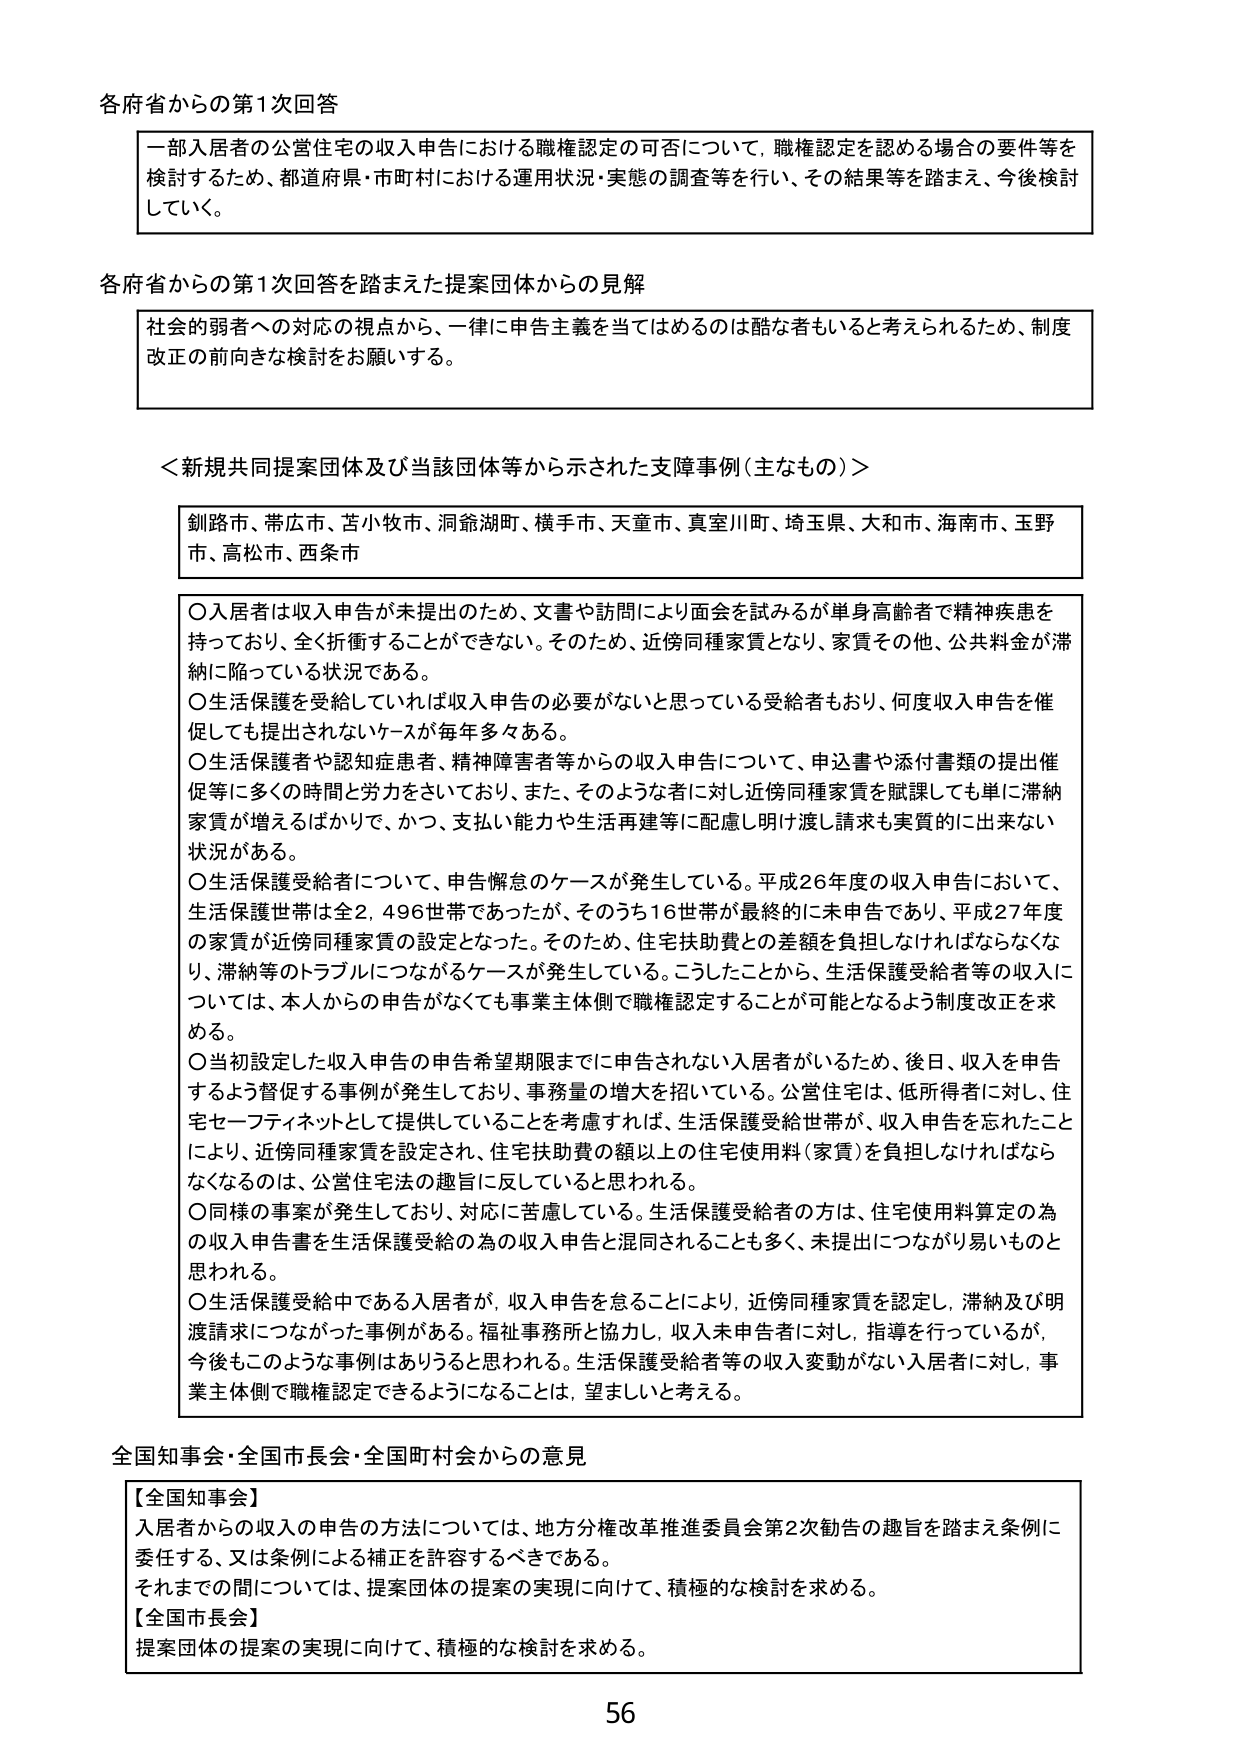
各府省からの第1次回答

一部入居者の公営住宅の収入申告における職権認定の可否について、職権認定を認める場合の要件等を検討するため、都道府県・市町村における運用状況・実態の調査等を行い、その結果等を踏まえ、今後検討していく。

各府省からの第1次回答を踏まえた提案団体からの見解

社会的弱者への対応の視点から、一律に申告主義を当てはめるのは酷な者もいると考えられるため、制度改正の前向きな検討をお願いする。

＜新規共同提案団体及び当該団体等から示された支援事例（主なもの）＞

釧路市、帯広市、苫小牧市、洞爺湖町、横手市、天童市、真室川町、埼玉県、大和市、海南市、玉野市、高松市、西条市

○入居者は収入申告が未提出のため、文書や訪問により面会を試みるが単身高齢者で精神疾患を持っており、全く折衝することができない。そのため、近傍同種家賃となり、家賃その他、公共料金が滞納に陥っている状況である。

○生活保護を受給していれば収入申告の必要がないと思っている受給者もおり、何度収入申告を催促しても提出されないケースが毎年多々ある。

○生活保護者や認知症患者、精神障害者等からの収入申告について、申込書や添付書類の提出催促等に多くの時間と労力をさいており、また、そのような者に対し近傍同種家賃を賦課しても単に滞納家賃が増えるばかりで、かつ、支払い能力や生活再建等に配慮し助け渡し請求も実質的に出来ない状況がある。

○生活保護受給者について、申告懈怠のケースが発生している。平成26年度の収入申告において、生活保護世帯は全2,496世帯であったが、そのうち16世帯が最終的に未申告であり、平成27年度の家賃が近傍同種家賃の設定となった。そのため、住宅扶助費との差額を負担しなければならなくなり、滞納等のトラブルにつながるケースが発生している。こうしたことから、生活保護受給者等の収入については、本人からの申告がなくても事業主体側で職権認定することが可能となるよう制度改正を求める。

○当初設定した収入申告の申告希望期限までに申告されない入居者がいるため、後日、収入を申告するよう督促する事例が発生しており、事務量の増大を招いている。公営住宅は、低所得者に対し、住宅セーフティネットとして提供していることを考慮すれば、生活保護受給世帯が、収入申告を忘れたことにより、近傍同種家賃が設定され、住宅扶助費の額以上の住宅使用料（家賃）を負担しなければならなくなるのは、公営住宅法の趣旨に反していると思われる。

○同様の事案が発生しており、対応に苦慮している。生活保護受給者の方は、住宅使用料算定の為の収入申告書を生活保護受給の為の収入申告と混同されることも多く、未提出につながり易いものと思われる。

○生活保護受給中である入居者が、収入申告を怠ることにより、近傍同種家賃を認定し、滞納及び明渡請求につながった事例がある。福祉事務所と協力し、収入未申告者に対し、指導を行っているが、今後もこのような事例はありうると思われる。生活保護受給者等の収入変動がない入居者に対し、事業主体側で職権認定できるようになることは、望ましいと考える。

全国知事会・全国市長会・全国町村会からの意見

【全国知事会】
入居者からの収入の申告の方法については、地方分権改革推進委員会第2次勧告の趣旨を踏まえ条例に委任する、又は条例による補正を許容するべきである。
それまでの間については、提案団体の提案の実現に向けて、積極的な検討を求める。

【全国市長会】
提案団体の提案の実現に向けて、積極的な検討を求める。

56